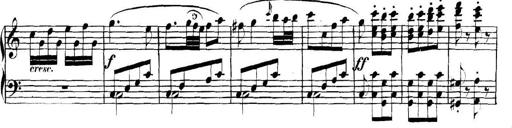
Title: Collected Piano Sonatas
Composer: Muzio Clementi